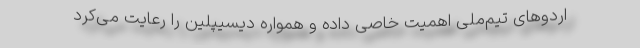
اردوهای تیم‌ملی اهمیت خاصی داده و همواره دیسیپلین را رعایت می‌کرد